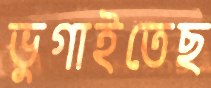
ভুগাইতেছ